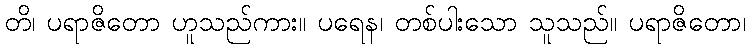
တိ၊ ပရာဇိတော ဟူသည်ကား။ ပရေန၊ တစ်ပါးသော သူသည်။ ပရာဇိတော၊